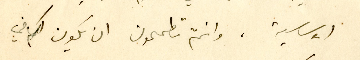
الاساسية، وانتم تطمحون ان يكون لكم في